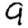
Digit: 9